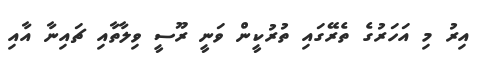
އިރު މި އަހަރުގެ ތެރޭގައި ތުރުކީން ވަނީ ރޫސީ ވިލާތާއި ޗައިނާ އާއި